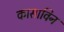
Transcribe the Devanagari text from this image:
कासाविन